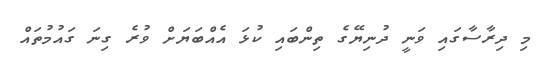
މި ދިރާސާގައި ވަނީ ދުނިޔޭގެ ތިންބައި ކުޅަ އެއްބަޔަށް ވުރެ ގިނަ ގައުމުތައް